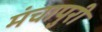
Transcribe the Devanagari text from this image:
मंचापुरी